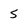
Character: 5